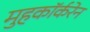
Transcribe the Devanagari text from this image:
मुहकॉर्करेन